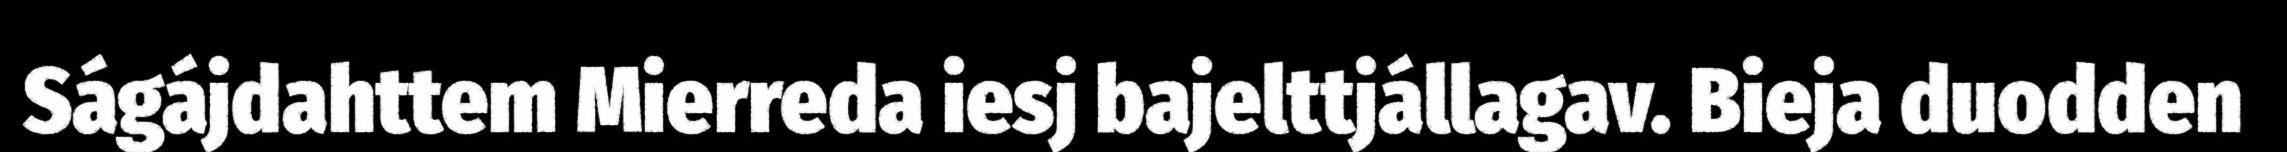
Ságájdahttem Mierreda iesj bajelttjállagav. Bieja duodden